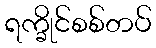
ရက္ခိုင်စစ်တပ်